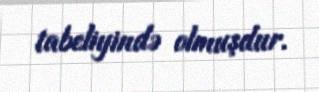
tabeliyində olmuşdur.